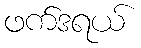
ဖက်ဒရယ်